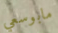
مابوسعي